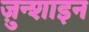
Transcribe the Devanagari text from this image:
ज़ुन्शाइन